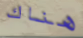
هناك